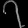
Digit: ၇